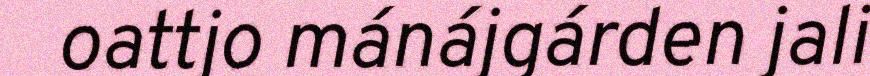
oattjo mánájgárden jali